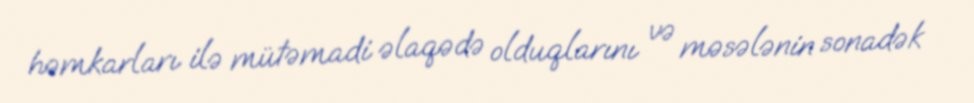
həmkarları ilə mütəmadi əlaqədə olduqlarını və məsələnin sonadək